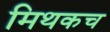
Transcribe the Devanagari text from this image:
मिथकच